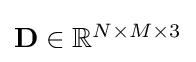
{\textstyle \mathbf {D} \in \mathbb {R} ^{N\times M\times 3}}